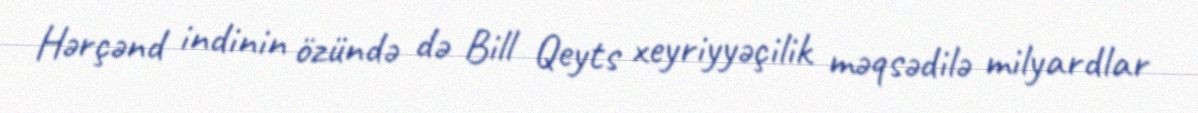
Hərçənd indinin özündə də Bill Qeyts xeyriyyəçilik məqsədilə milyardlar